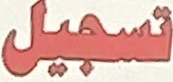
تسجیل